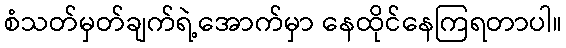
စံသတ်မှတ်ချက်ရဲ့အောက်မှာ နေထိုင်နေကြရတာပါ။